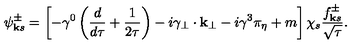
\psi _ { { \bf k } s } ^ { \pm } = \left[ - \gamma ^ { 0 } \left( { \frac { d } { d \tau } } + { \frac { 1 } { 2 \tau } } \right) - i \gamma _ { \bf { { \perp } } } \cdot { \bf { k _ { \perp } } } - i \gamma ^ { 3 } \pi _ { \eta } + m \right] \chi _ { s } { \frac { f _ { { \bf k } s } ^ { \pm } } { \sqrt \tau } } .